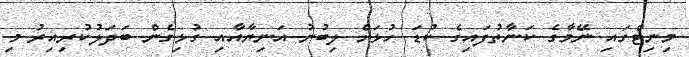
މިނިޓްގައި ނޭމާގެ ކަނާތުފައިގެ ކުޑަ ހުޅަށް ލިބުނު އަނިޔާއާއި ގުޅިގެން ބަދަލުކުރިއިރު މި